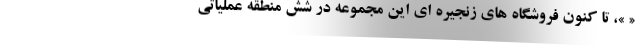
« »، تا کنون فروشگاه های زنجیره ای این مجموعه در شش منطقه عملیاتی